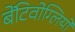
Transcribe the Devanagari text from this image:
बेंटिवोग्लियो